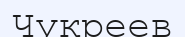
Чукреев